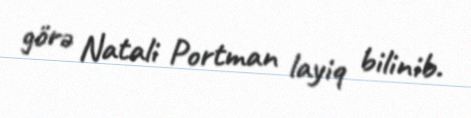
görə Natali Portman layiq bilinib.